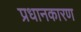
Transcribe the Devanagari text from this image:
प्रधानकारण